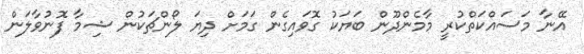
އޭނާ މަސައްކަތްކުރީ މާމެންދޫން ބަޔަކު ގޮވައިގެން ގަމަށް ދިޔަ ލޯންޗަކުން ޝިމާ ފޮނުވާލަން